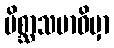
မိစ္ဆာသမာဓိမှာ